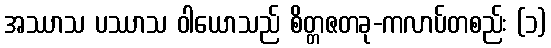
အဿာသ ပဿာသ ဝါယောသည် စိတ္တဇတခု-ကလာပ်တစည်း (၁)